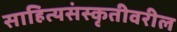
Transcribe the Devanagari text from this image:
साहित्यसंस्कृतीवरील